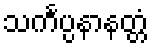
သင်္ကပ္ပနာနတ္တံ